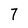
Character: 7